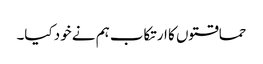
حماقتوں کا ارتکاب ہم نے خود کیا۔